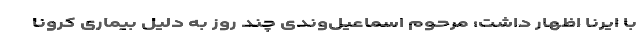
با ایرنا اظهار داشت: مرحوم اسماعیل‌وندی چند روز به دلیل بیماری کرونا